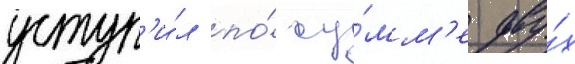
уступ'и́л по́ су́мм'е дву́х